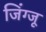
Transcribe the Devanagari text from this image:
जिंग्जू